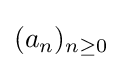
(a_{n})_{n\geq 0}